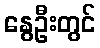
နွေဦးတွင်